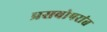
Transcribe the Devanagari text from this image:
प्रसवोपरांत